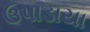
ઉપાડાયા